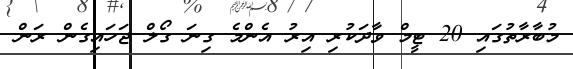
މުބާރާތުގައި 20 ޓީމް ވާދަކުރި އިރު އެންމެ ގިނަ ގޯލް ޖަހައިގެން ރަން